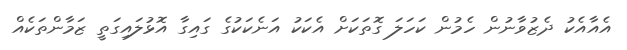
އެއާއެކު ދެޒުވާނުން ހެމުން ކަހަލަ ގޮތަކަށް އެކަކު އަނެކަކުގެ ގައިގާ އޮޅުލައިގަތީ ޒަމާންތަކެއް